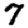
Digit: 7